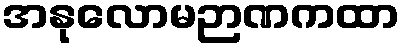
အနုလောမဉာဏကထာ